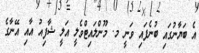
އެ ބަޔާނުގައި ބުނެފައި ވަނީ މ. މޫންލައިޓްވެލީ އަލީ ޝާފިއު އާއި އޭނާގެ